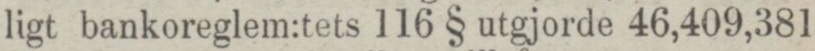
ligt bankoreglem:tets 116 § utgjorde 46,409,381